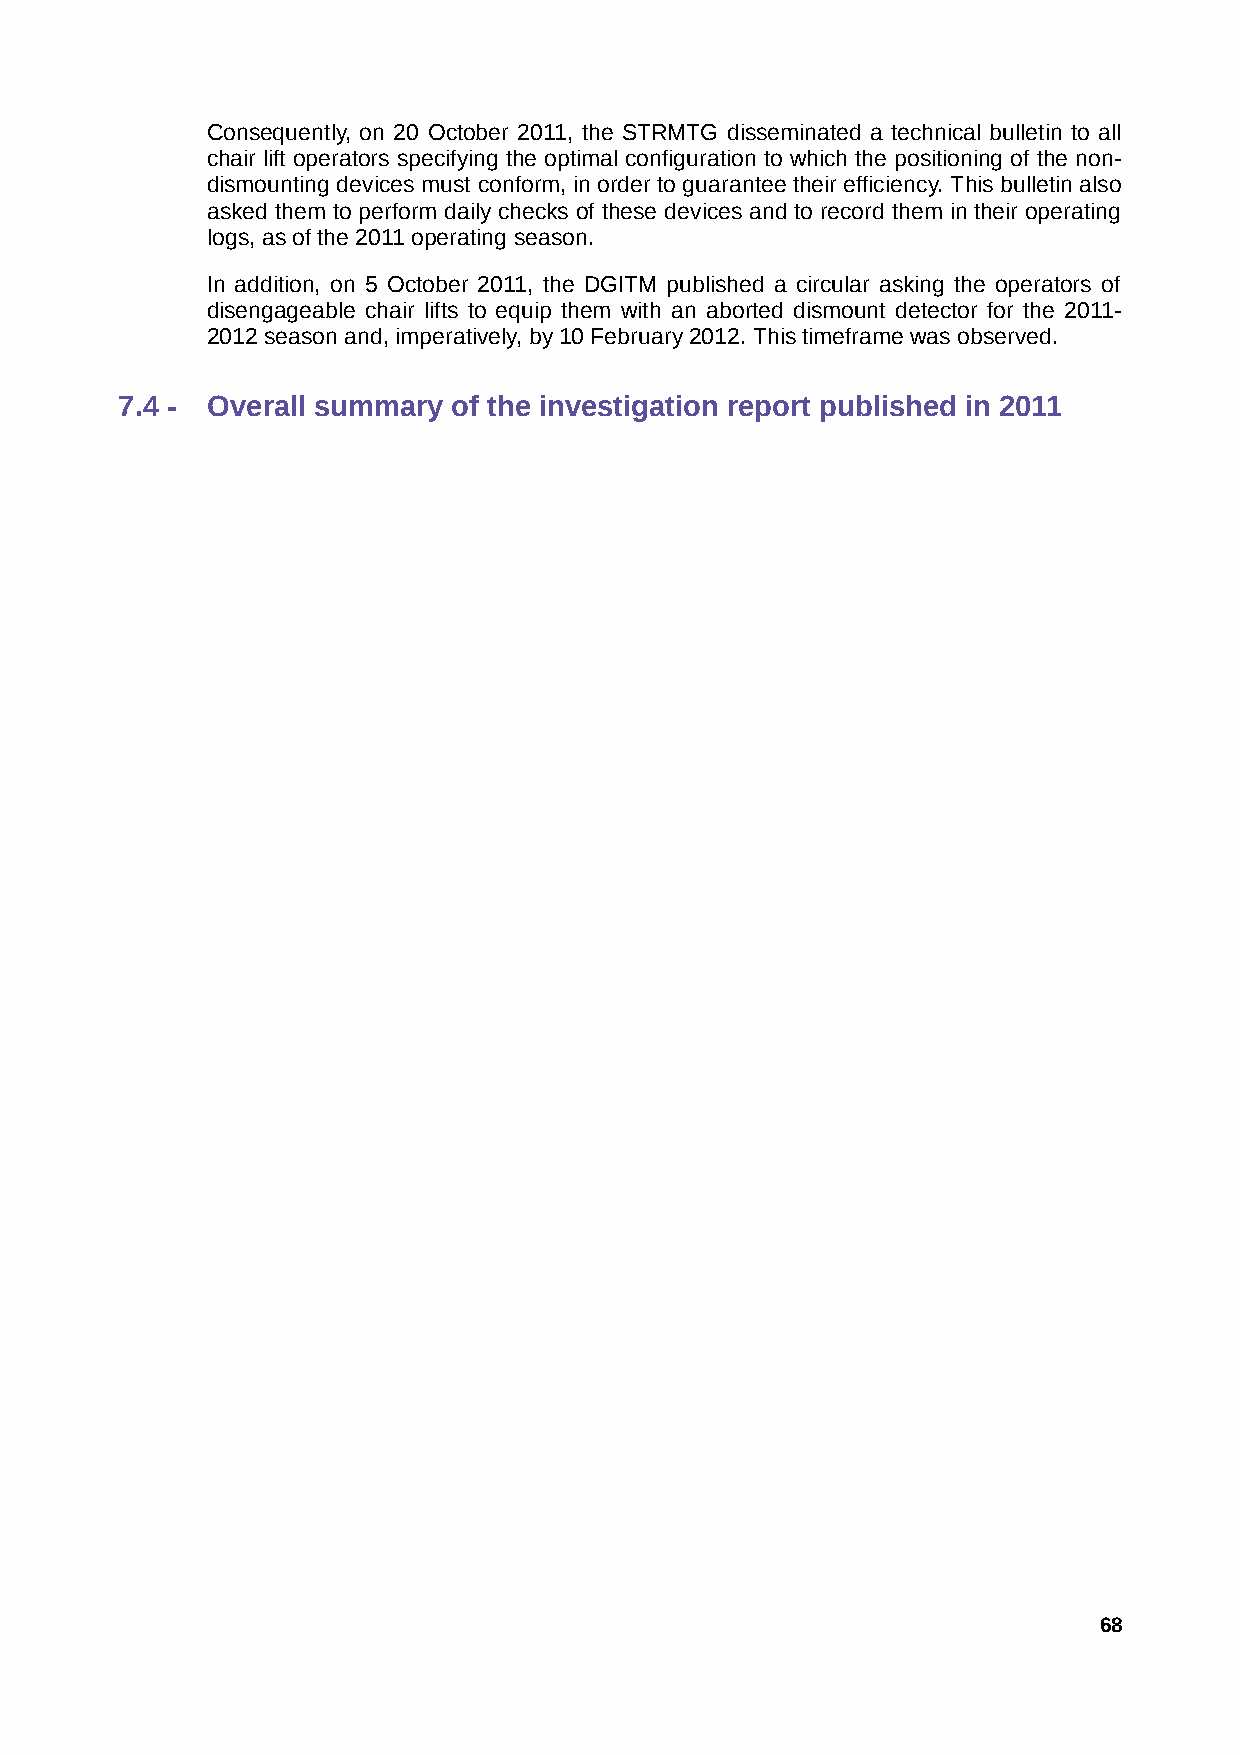
Consequently, on 20 October 2011, the STRMTG disseminated a technical bulletin to all
 chair lift operators specifying the optimal configuration to which the positioning of the non-
 dismounting devices must conform, in order to guarantee their efficiency. This bulletin also
 asked them to perform daily checks of these devices and to record them in their operating
 logs, as of the 2011 operating season.
 In addition, on 5 October 2011, the DGITM published a circular asking the operators of
 disengageable chair lifts to equip them with an aborted dismount detector for the 2011-
 2012 season and, imperatively, by 10 February 2012. This timeframe was observed.
 7.4 - Overall summary of the investigation report published in 2011
 68